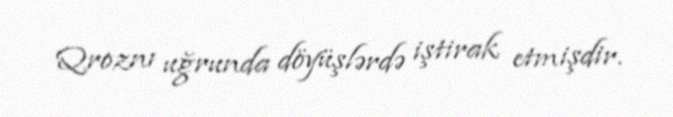
Qroznı uğrunda döyüşlərdə iştirak etmişdir.